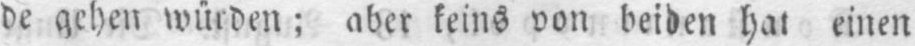
de gehen würden; aber keins von beiden hat einen